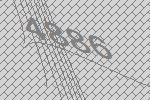
4886